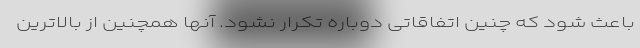
باعث شود که چنین اتفاقاتی دوباره تکرار نشود. آنها همچنین از بالاترین